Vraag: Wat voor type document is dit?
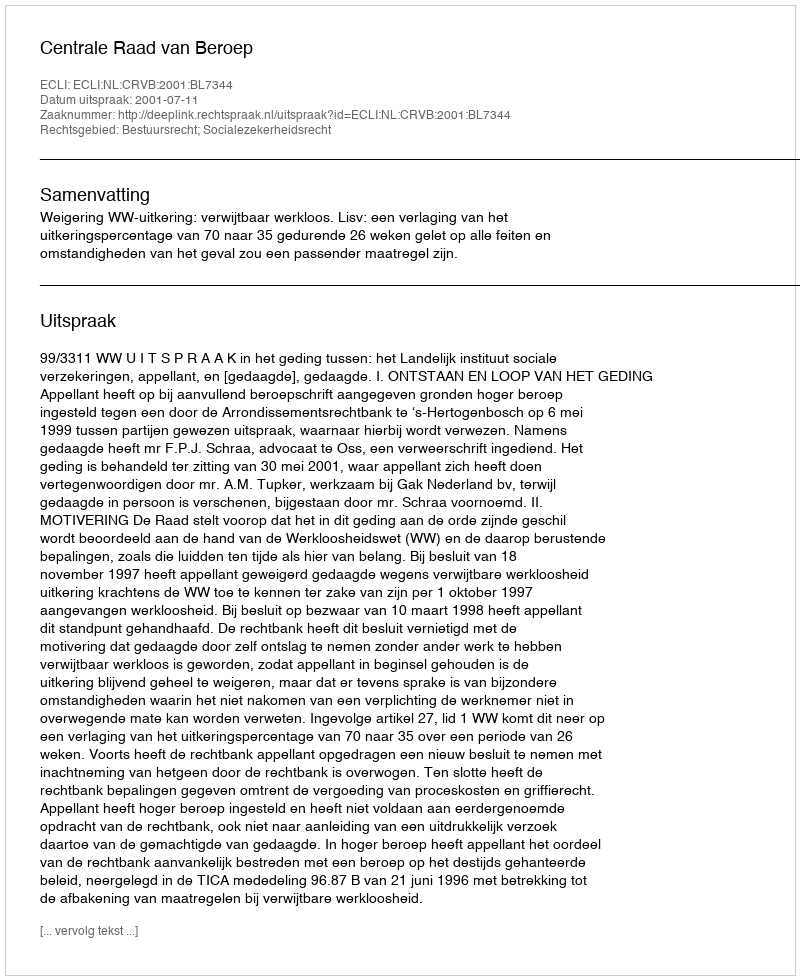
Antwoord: Uitspraak